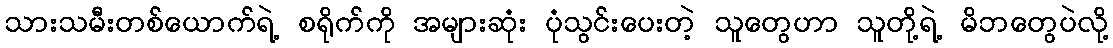
သားသမီးတစ်ယောက်ရဲ့ စရိုက်ကို အများဆုံး ပုံသွင်းပေးတဲ့ သူတွေဟာ သူတို့ရဲ့ မိဘတွေပဲလို့